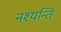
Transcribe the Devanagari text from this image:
नश्यन्ति